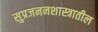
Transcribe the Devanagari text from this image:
सुप्रजननशास्त्रातील